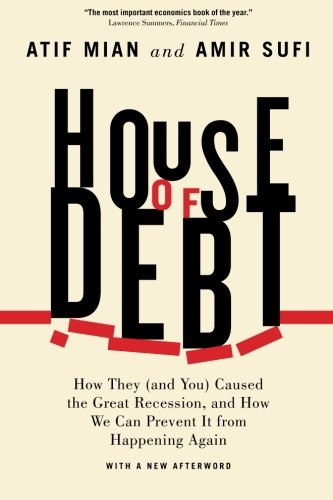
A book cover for House of Debt: How They (and You) Caused the Great Recession, and How We Can Prevent It from Happening Again; Atif Mian; Business & Money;